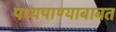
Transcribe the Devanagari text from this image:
पथ्यपाण्याबाबत